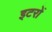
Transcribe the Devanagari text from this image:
इटरों